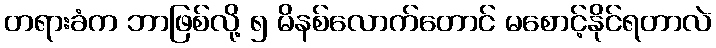
တရားခံက ဘာဖြစ်လို့ ၅ မိနစ်လောက်တောင် မစောင့်နိုင်ရတာလဲ